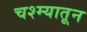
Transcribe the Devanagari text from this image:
चश्म्यातून